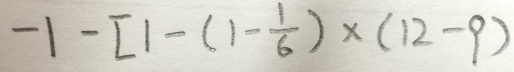
- 1 - [ 1 - ( 1 - \frac { 1 } { 6 } ) \times ( 1 2 - 9 )